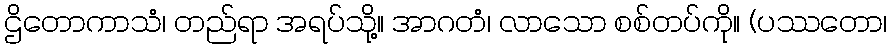
ဌိတောကာသံ၊ တည်ရာ အရပ်သို့။ အာဂတံ၊ လာသော စစ်တပ်ကို။ (ပဿတော၊